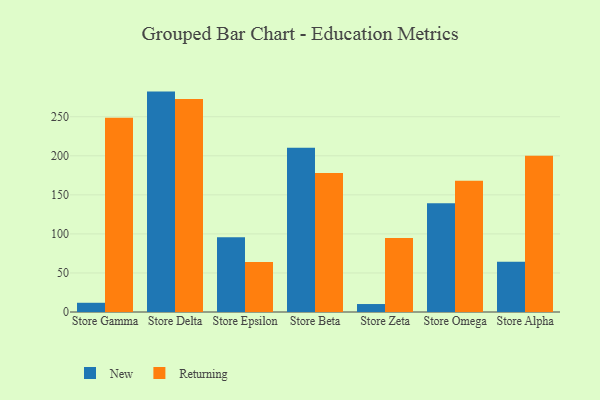
{"axis": {"x": "Store", "y": "Operating Costs (USD K)"}, "legend": ["New", "Returning"], "data": [{"x": "Store Gamma", "y": 11.8, "type": "New"}, {"x": "Store Gamma", "y": 248.6, "type": "Returning"}, {"x": "Store Delta", "y": 282.2, "type": "New"}, {"x": "Store Delta", "y": 272.6, "type": "Returning"}, {"x": "Store Epsilon", "y": 95.6, "type": "New"}, {"x": "Store Epsilon", "y": 64.0, "type": "Returning"}, {"x": "Store Beta", "y": 210.2, "type": "New"}, {"x": "Store Beta", "y": 178.1, "type": "Returning"}, {"x": "Store Zeta", "y": 10.2, "type": "New"}, {"x": "Store Zeta", "y": 94.9, "type": "Returning"}, {"x": "Store Omega", "y": 139.2, "type": "New"}, {"x": "Store Omega", "y": 168.2, "type": "Returning"}, {"x": "Store Alpha", "y": 64.4, "type": "New"}, {"x": "Store Alpha", "y": 200.1, "type": "Returning"}]}